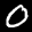
Label: 0